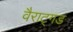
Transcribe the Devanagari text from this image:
वैराट्गड